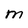
Character: M